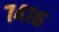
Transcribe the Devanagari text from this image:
७४१६